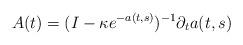
LaTeX: \begin{align*} A(t) = ( I - \kappa e^{-a(t,s)} )^{-1} \partial_t a(t,s)\end{align*}